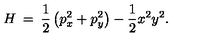
H \: = \: \frac { 1 } { 2 } \left( p _ { x } ^ { 2 } + p _ { y } ^ { 2 } \right) - \frac { 1 } { 2 } x ^ { 2 } y ^ { 2 } .